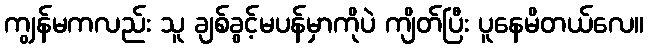
ကျွန်မကလည်း သူ ချစ်ခွင့်မပန်မှာကိုပဲ ကျိတ်ပြီး ပူနေမိတယ်လေ။